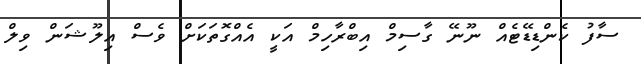
ސާފު ކެންޑިޑޭޓެއް ނޫނޭ ގާސިމް އިބްރާހިމް އަކީ އެއްގޮތަަކަށް ވެސް އިލޫޝަން ވިލް